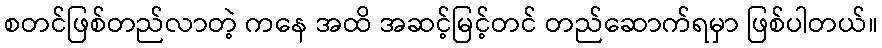
စတင်ဖြစ်တည်လာတဲ့ ကနေ အထိ အဆင့်မြင့်တင် တည်ဆောက်ရမှာ ဖြစ်ပါတယ်။